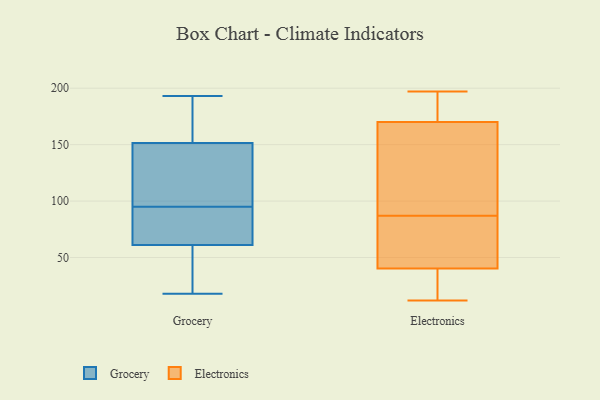
{"axis": {"x": "Net Income (USD K)", "y": "Value"}, "legend": ["Electronics", "Grocery"], "data": [{"x": "", "y": 42, "type": "Grocery"}, {"x": "", "y": 179, "type": "Grocery"}, {"x": "", "y": 137, "type": "Grocery"}, {"x": "", "y": 193, "type": "Grocery"}, {"x": "", "y": 101, "type": "Grocery"}, {"x": "", "y": 142, "type": "Grocery"}, {"x": "", "y": 161, "type": "Grocery"}, {"x": "", "y": 79, "type": "Grocery"}, {"x": "", "y": 174, "type": "Grocery"}, {"x": "", "y": 64, "type": "Grocery"}, {"x": "", "y": 107, "type": "Grocery"}, {"x": "", "y": 37, "type": "Grocery"}, {"x": "", "y": 180, "type": "Grocery"}, {"x": "", "y": 89, "type": "Grocery"}, {"x": "", "y": 70, "type": "Grocery"}, {"x": "", "y": 58, "type": "Grocery"}, {"x": "", "y": 110, "type": "Grocery"}, {"x": "", "y": 70, "type": "Grocery"}, {"x": "", "y": 39, "type": "Grocery"}, {"x": "", "y": 18, "type": "Grocery"}, {"x": "", "y": 118, "type": "Electronics"}, {"x": "", "y": 176, "type": "Electronics"}, {"x": "", "y": 57, "type": "Electronics"}, {"x": "", "y": 36, "type": "Electronics"}, {"x": "", "y": 87, "type": "Electronics"}, {"x": "", "y": 197, "type": "Electronics"}, {"x": "", "y": 12, "type": "Electronics"}, {"x": "", "y": 171, "type": "Electronics"}, {"x": "", "y": 54, "type": "Electronics"}, {"x": "", "y": 196, "type": "Electronics"}, {"x": "", "y": 30, "type": "Electronics"}, {"x": "", "y": 181, "type": "Electronics"}, {"x": "", "y": 140, "type": "Electronics"}, {"x": "", "y": 53, "type": "Electronics"}, {"x": "", "y": 59, "type": "Electronics"}, {"x": "", "y": 21, "type": "Electronics"}, {"x": "", "y": 143, "type": "Electronics"}, {"x": "", "y": 167, "type": "Electronics"}, {"x": "", "y": 16, "type": "Electronics"}]}